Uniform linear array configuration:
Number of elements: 16
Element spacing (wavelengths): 0.75
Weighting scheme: exponential
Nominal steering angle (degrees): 45
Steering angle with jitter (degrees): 45.392
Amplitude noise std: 0.05
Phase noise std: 0.05

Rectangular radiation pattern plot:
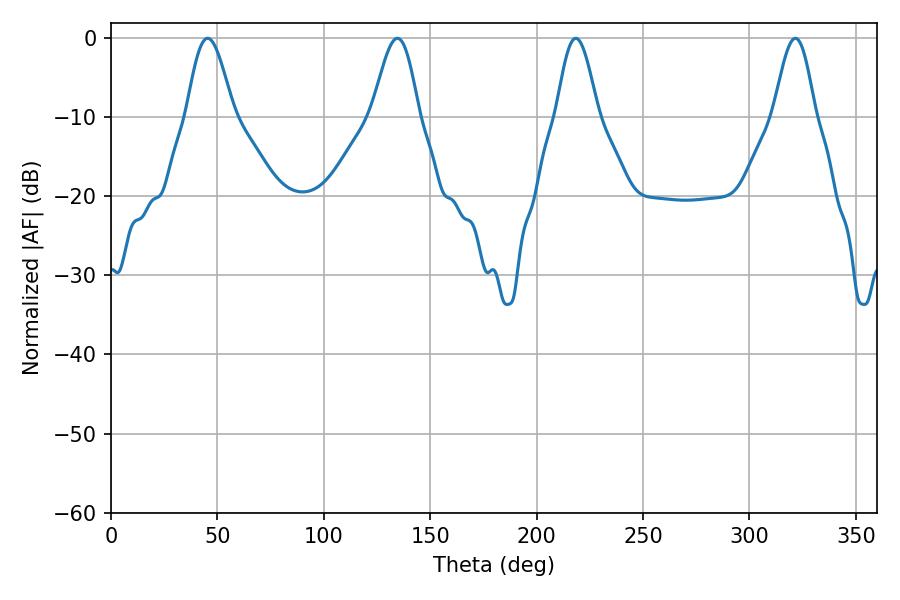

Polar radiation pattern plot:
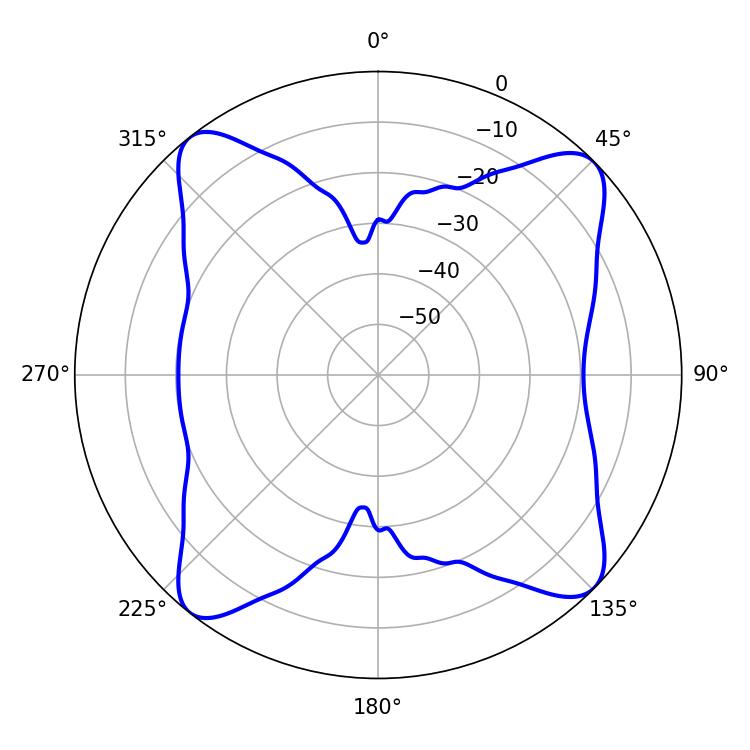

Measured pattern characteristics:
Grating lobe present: TRUE
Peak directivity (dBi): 13.817
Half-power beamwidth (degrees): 11.7
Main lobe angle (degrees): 45.36